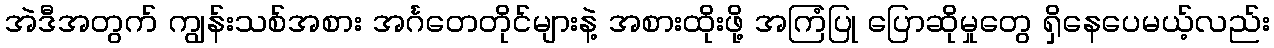
အဲဒီအတွက် ကျွန်းသစ်အစား အင်္ဂတေတိုင်များနဲ့ အစားထိုးဖို့ အကြံပြု ပြောဆိုမှုတွေ ရှိနေပေမယ့်လည်း